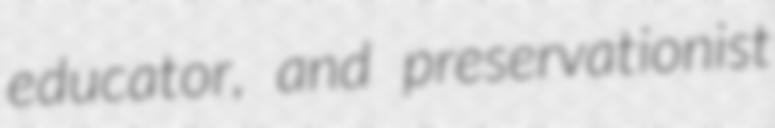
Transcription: educator, and preservationist